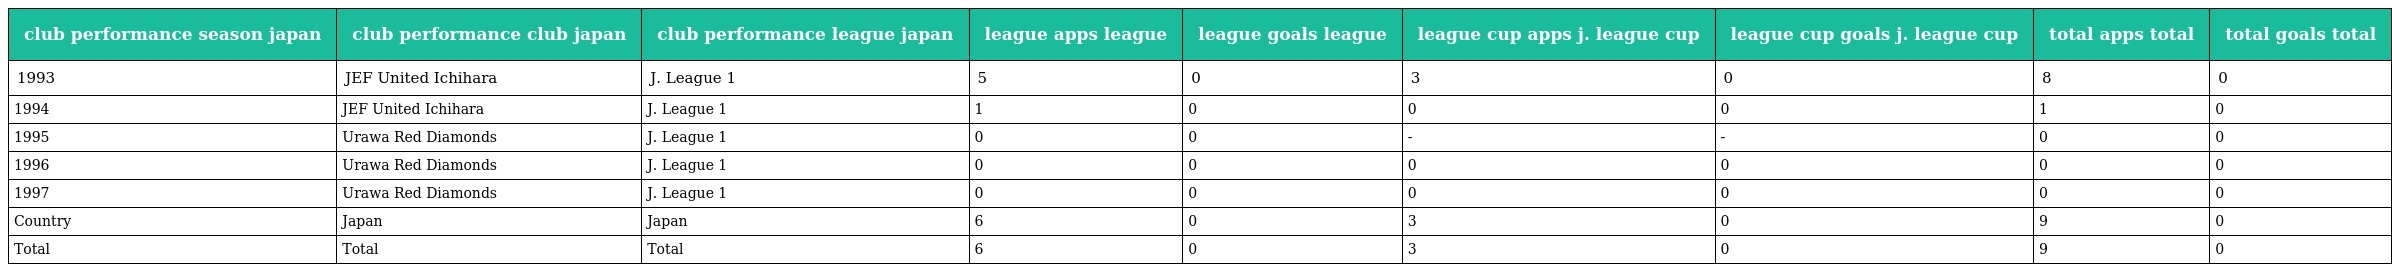
| club performance season japan | club performance club japan | club performance league japan | league apps league | league goals league | league cup apps j. league cup | league cup goals j. league cup | total apps total | total goals total |
 | --- | --- | --- | --- | --- | --- | --- | --- | --- |
 | 1993 | JEF United Ichihara | J. League 1 | 5 | 0 | 3 | 0 | 8 | 0 |
 | 1994 | JEF United Ichihara | J. League 1 | 1 | 0 | 0 | 0 | 1 | 0 |
 | 1995 | Urawa Red Diamonds | J. League 1 | 0 | 0 | - | - | 0 | 0 |
 | 1996 | Urawa Red Diamonds | J. League 1 | 0 | 0 | 0 | 0 | 0 | 0 |
 | 1997 | Urawa Red Diamonds | J. League 1 | 0 | 0 | 0 | 0 | 0 | 0 |
 | Country | Japan | Japan | 6 | 0 | 3 | 0 | 9 | 0 |
 | Total | Total | Total | 6 | 0 | 3 | 0 | 9 | 0 |